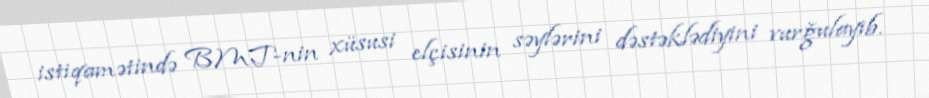
istiqamətində BMT-nin xüsusi elçisinin səylərini dəstəklədiyini vurğulayıb.